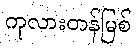
ကုလားတန်မြစ်